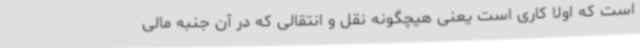
است که اولاً کاری است یعنی هیچگونه نقل و انتقالی که در آن جنبه مالی